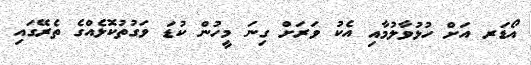
އޯޑަރ އަށް ހުޅުވާލުމާއި އެކު ވަރަށް ގިނަ މީހުން ކުޑަ ވަގުތުކޮޅެއްގެ ތެރޭގައި